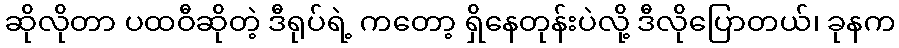
ဆိုလိုတာ ပထဝီဆိုတဲ့ ဒီရုပ်ရဲ့ ကတော့ ရှိနေတုန်းပဲလို့ ဒီလိုပြောတယ်၊ ခုနက